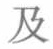
及